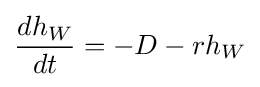
{\frac {dh_{W}}{dt}}=-D-rh_{W}